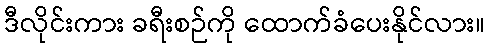
ဒီလိုင်းကား ခရီးစဉ်ကို ထောက်ခံပေးနိုင်လား။